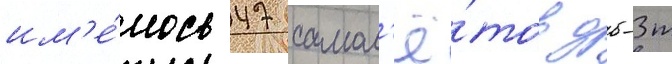
им'е́лось 47 самол'ё́тов дб-3т